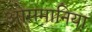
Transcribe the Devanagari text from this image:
ओसमानिया